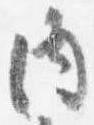
内